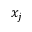
x _ { j }